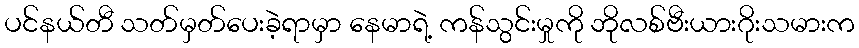
ပင်နယ်တီ သတ်မှတ်ပေးခဲ့ရာမှာ နေမာရဲ့ ကန်သွင်းမှုကို ဘိုလစ်ဗီးယားဂိုးသမားက